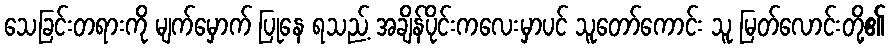
သေခြင်းတရားကို မျက်မှောက် ပြုနေ ရသည့် အချိန်ပိုင်းကလေးမှာပင် သူတော်ကောင်း သူ မြတ်လောင်းတို့၏